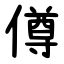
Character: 僔